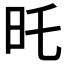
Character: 𣅒